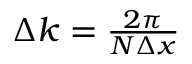
\begin{array} { r } { \Delta k = \frac { 2 \pi } { N \Delta x } } \end{array}